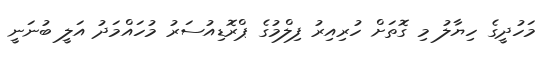
މަހުދީގެ ހިޔާލު މި ގޮތަށް ހުރިއިރު ފިލްމުގެ ޕްރޮޑިއުސަރު މުހައްމަދު އަލީ ބުނަނީ